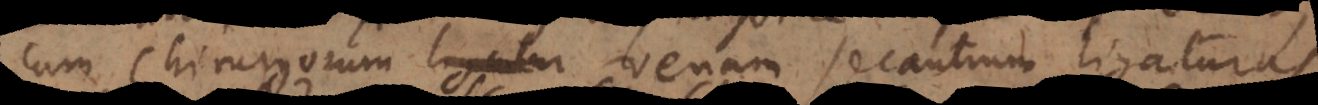
cum Chirurgorum venam secantium ligaturas